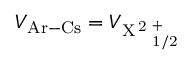
V _ { \mathrm { A r - C s } } = V _ { \mathrm { X \, ^ { 2 } \Sigma _ { 1 / 2 } ^ { + } } }